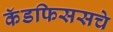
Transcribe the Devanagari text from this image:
कॅडफिससचे